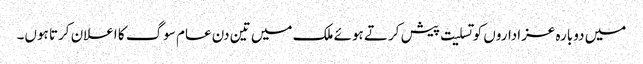
میں دوبارہ عزاداروں کو تسلیت پیش کرتے ہوئے ملک میں تین دن عام سوگ کا اعلان کرتا ہوں۔